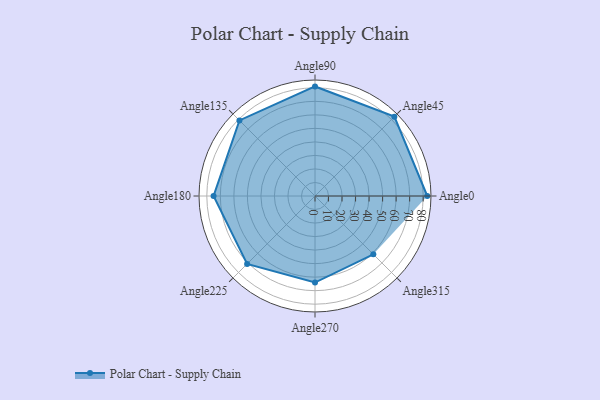
{"axis": {"x": "Angle", "y": "Radius"}, "legend": [""], "data": [{"x": "Angle0", "y": 83.0, "type": ""}, {"x": "Angle45", "y": 83.0, "type": ""}, {"x": "Angle90", "y": 81.0, "type": ""}, {"x": "Angle135", "y": 79.0, "type": ""}, {"x": "Angle180", "y": 75.0, "type": ""}, {"x": "Angle225", "y": 71.0, "type": ""}, {"x": "Angle270", "y": 64.0, "type": ""}, {"x": "Angle315", "y": 61.0, "type": ""}]}